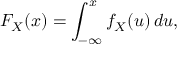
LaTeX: F _ { X } ( x ) = \int _ { - \infty } ^ { x } f _ { X } ( u ) \, d u ,